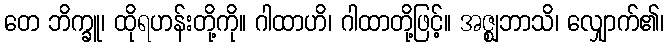
တေ ဘိက္ခူ၊ ထိုရဟန်းတို့ကို။ ဂါထာဟိ၊ ဂါထာတို့ဖြင့်။ အဇ္ဈဘာသိ၊ လျှောက်၏၊